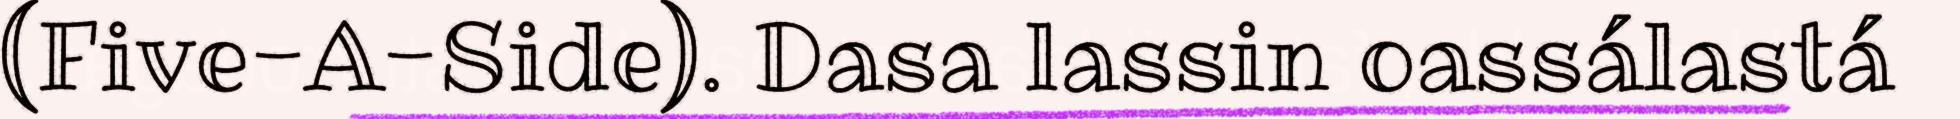
(Five-A-Side). Dasa lassin oassálastá